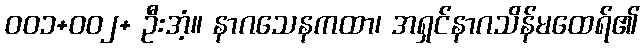
၀၀၁+၀၀၂+ ဦးအံ့။ နာဂသေနကထာ၊ အရှင်နာဂသိန်မထေရ်၏